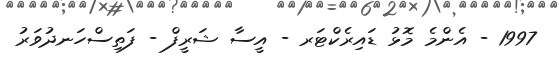
1997 - އެންމެ މޮޅު ޑައިރެކްޓަރ - އީސާ ޝަރީފް - ފަތިސްހަނދުވަރު